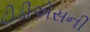
ટીડીએસની